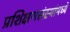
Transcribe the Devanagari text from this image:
प्रशिक्षणसंस्थांमध्ये